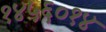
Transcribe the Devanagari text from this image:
१४५६०१४